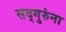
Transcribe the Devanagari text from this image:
सद्गुरुंना